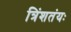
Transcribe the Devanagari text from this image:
त्रिंशतंयः